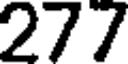
277